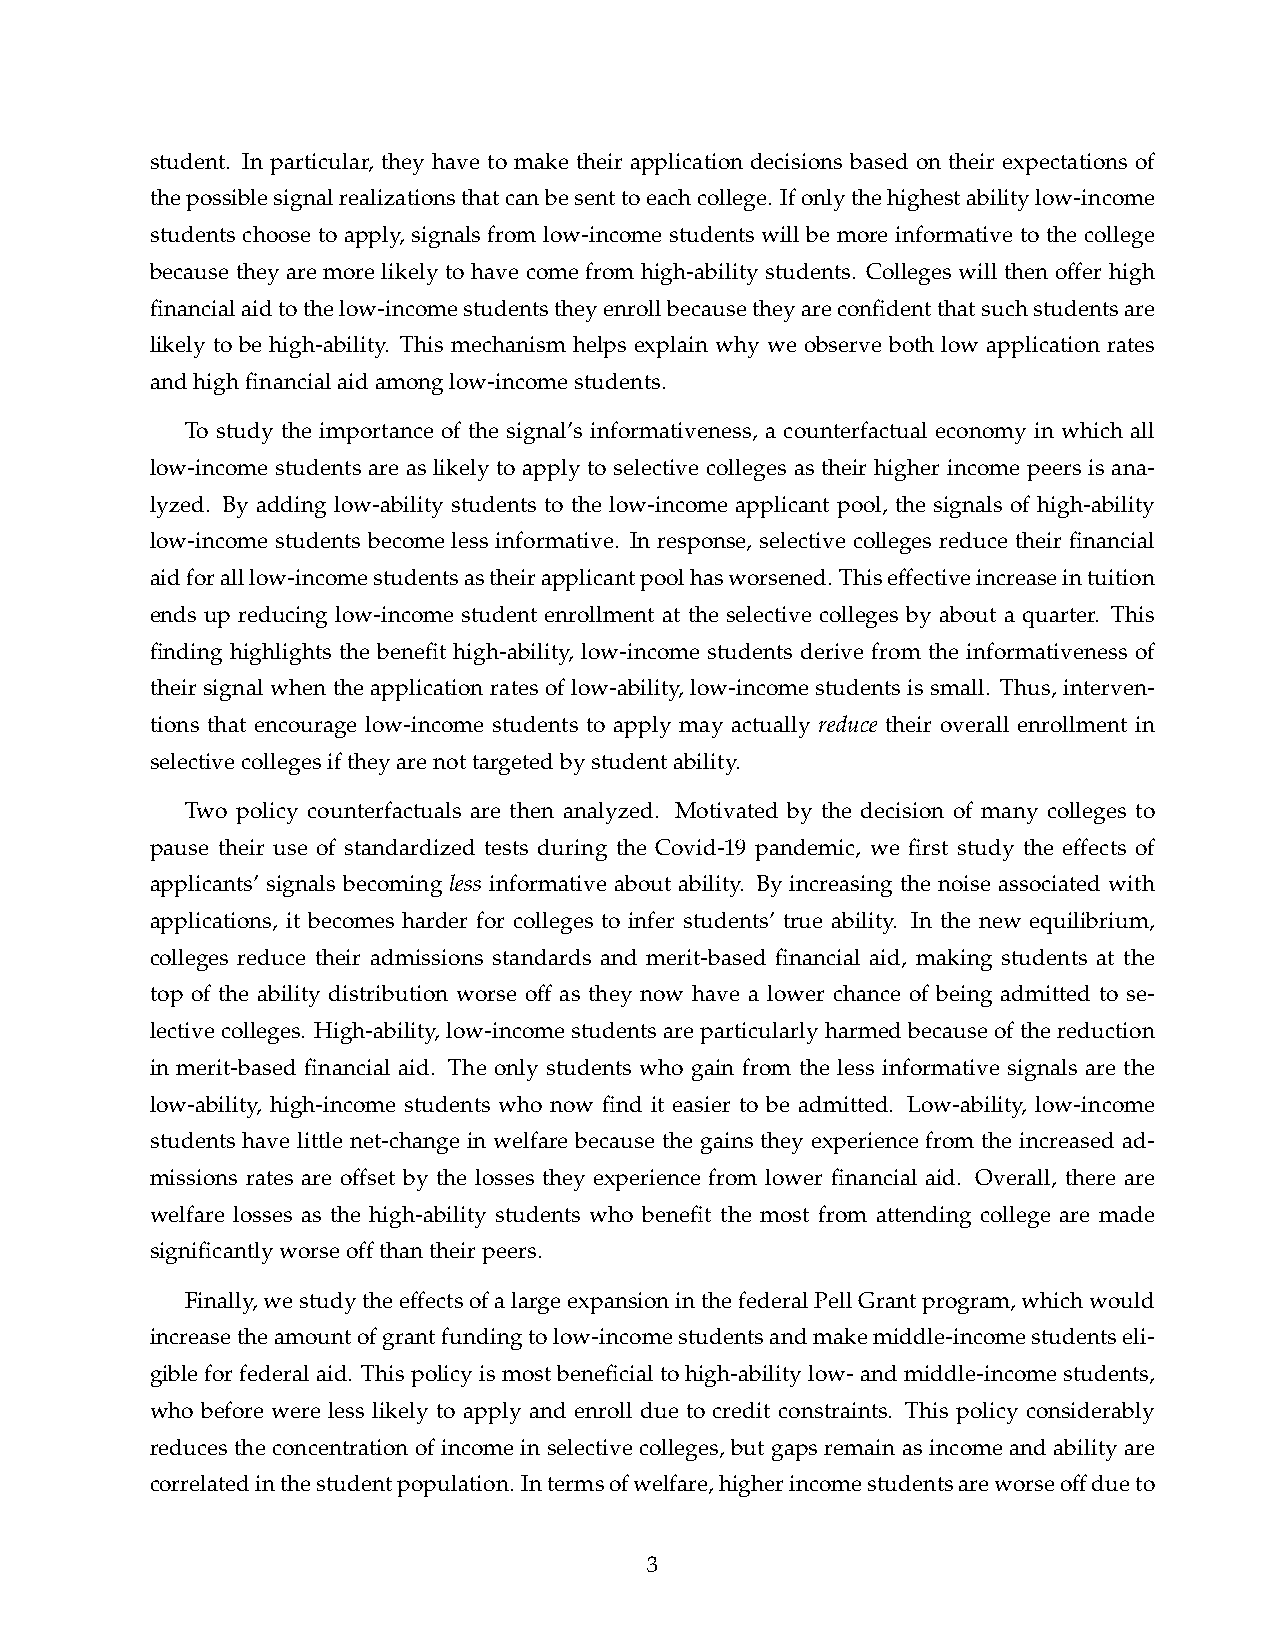
student. In particular, they have to make their application decisions based on their expectations of
 thepossiblesignalrealizationsthatcanbesenttoeachcollege. Ifonlythehighestabilitylow-income
 students choose to apply, signals from low-income students will be more informative to the college
 because they are more likely to have come from high-ability students. Colleges will then offer high
 financialaidtothelow-incomestudentstheyenrollbecausetheyareconfidentthatsuchstudentsare
 likely to be high-ability. This mechanism helps explain why we observe both low application rates
 andhighfinancialaidamonglow-incomestudents.
 To study the importance of the signal’s informativeness, a counterfactual economy in which all
 low-income students are as likely to apply to selective colleges as their higher income peers is ana-
 lyzed. By adding low-ability students to the low-income applicant pool, the signals of high-ability
 low-income students become less informative. In response, selective colleges reduce their financial
 aidforalllow-incomestudentsastheirapplicantpoolhasworsened. Thiseffectiveincreaseintuition
 ends up reducing low-income student enrollment at the selective colleges by about a quarter. This
 finding highlights the benefit high-ability, low-income students derive from the informativeness of
 their signal when the application rates of low-ability, low-income students is small. Thus, interven-
 tions that encourage low-income students to apply may actually reduce their overall enrollment in
 selectivecollegesiftheyarenottargetedbystudentability.
 Two policy counterfactuals are then analyzed. Motivated by the decision of many colleges to
 pause their use of standardized tests during the Covid-19 pandemic, we first study the effects of
 applicants’ signals becoming less informative about ability. By increasing the noise associated with
 applications, it becomes harder for colleges to infer students’ true ability. In the new equilibrium,
 colleges reduce their admissions standards and merit-based financial aid, making students at the
 top of the ability distribution worse off as they now have a lower chance of being admitted to se-
 lectivecolleges. High-ability,low-incomestudentsareparticularlyharmedbecauseofthereduction
 in merit-based financial aid. The only students who gain from the less informative signals are the
 low-ability, high-income students who now find it easier to be admitted. Low-ability, low-income
 students have little net-change in welfare because the gains they experience from the increased ad-
 missions rates are offset by the losses they experience from lower financial aid. Overall, there are
 welfare losses as the high-ability students who benefit the most from attending college are made
 significantlyworseoffthantheirpeers.
 Finally,westudytheeffectsofalargeexpansioninthefederalPellGrantprogram,whichwould
 increasetheamountofgrantfundingtolow-incomestudentsandmakemiddle-incomestudentseli-
 gibleforfederalaid. Thispolicyismostbeneficialtohigh-abilitylow-andmiddle-incomestudents,
 who before were less likely to apply and enroll due to credit constraints. This policy considerably
 reduces the concentration of income in selective colleges, but gaps remain as income and ability are
 correlatedinthestudentpopulation. Intermsofwelfare,higherincomestudentsareworseoffdueto
 3